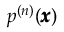
p ^ { ( n ) } ( { \pmb x } )